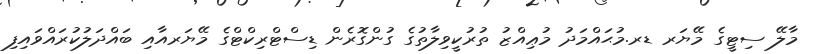
މާލޭ ސިޓީގެ މޭޔަރ ޑރ.މުޙައްމަދު މުޢިއްޒު ތުރުކީވިލާތުގެ ގުންގޮރެން ޑިސްޓްރިކްޓްގެ މޭޔަރއާއި ބައްދަލުކުރައްވައިފި